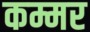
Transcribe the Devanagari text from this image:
कम्मर